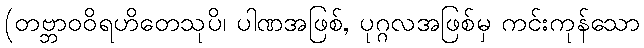
(တဗ္ဘာဝဝိရဟိတေသုပိ၊ ပါဏအဖြစ်, ပုဂ္ဂလအဖြစ်မှ ကင်းကုန်သော